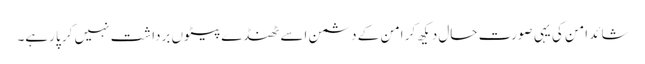
شائد امن کی یہی صورت حال دیکھ کر امن کے دشمن اسے ٹھنڈے پیٹوں برداشت نہیں کر پا رہے۔